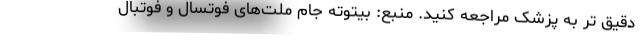
دقیق تر به پزشک مراجعه کنید. منبع: بیتوته جام ملت‌های فوتسال و فوتبال